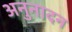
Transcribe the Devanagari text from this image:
अनुनादन